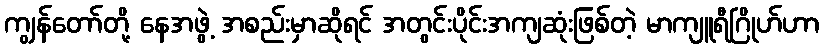
ကျွန်တော်တို့ နေအဖွဲ့ အစည်းမှာဆိုရင် အတွင်းပိုင်းအကျဆုံးဖြစ်တဲ့ မာကျူရီဂြိုဟ်ဟာ